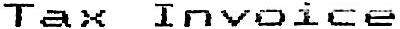
TAX INVOICE